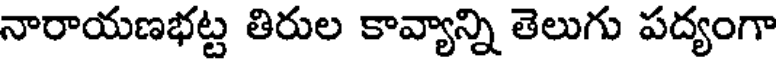
నారాయణభట్ట తిరుల కావ్యాన్ని తెలుగు పద్యంగా